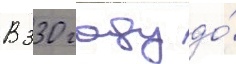
В 330 году до́